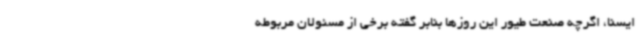
ایسنا، اگرچه صنعت طیور این روزها بنابر گفته برخی از مسئولان مربوطه